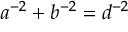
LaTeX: a ^ { - 2 } + b ^ { - 2 } = d ^ { - 2 }